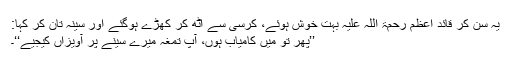
یہ سُن کر قائدِ اعظم رحمۃ اللہ علیہ بہت خوش ہُوئے، کُرسی سے اٹھ کر کھڑے ہوگئے اور سینہ تان کر کہا:
’’پھر تو میں کامیاب ہُوں، آپ تمغہ میرے سینے پر آویزاں کیجیے‘‘۔